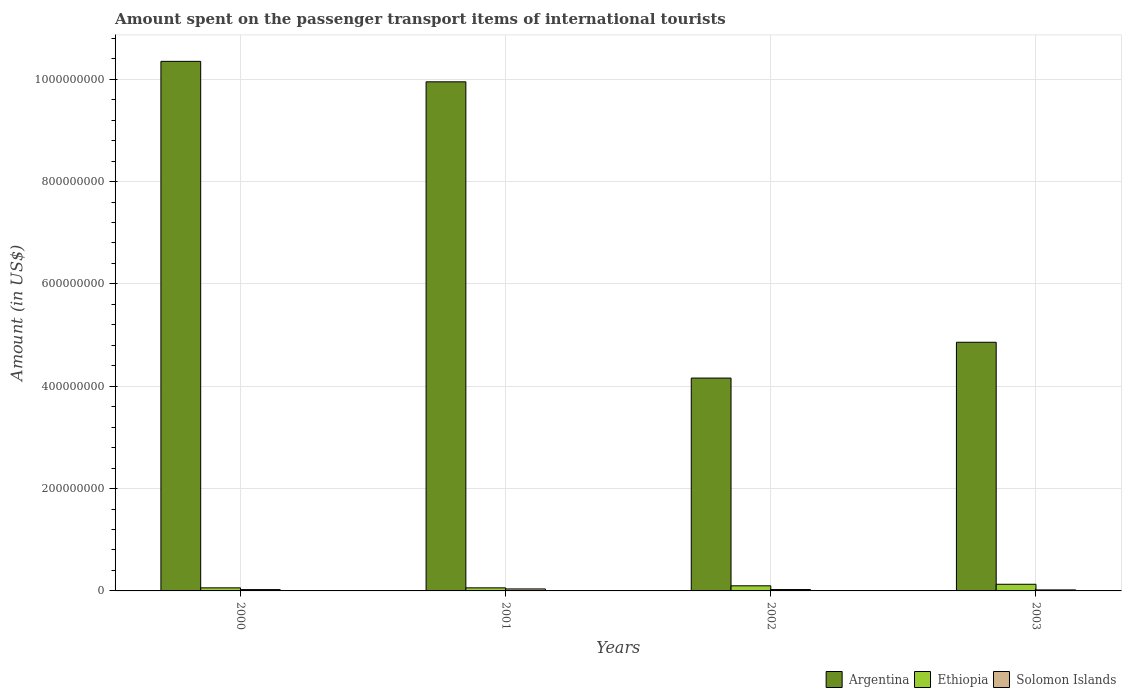
| Years | Argentina | Ethiopia | Solomon Islands |
 | --- | --- | --- | --- |
 | 2000 | 1.04e+09 | 6e+06 | 2.6e+06 |
 | 2001 | 9.95e+08 | 6e+06 | 3.9e+06 |
 | 2002 | 4.16e+08 | 1e+07 | 2.7e+06 |
 | 2003 | 4.86e+08 | 1.3e+07 | 2e+06 |